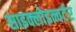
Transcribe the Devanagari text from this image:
साइक्लोइन्वर्टर